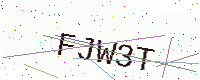
Text: FJW3T